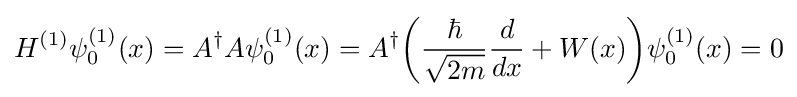
H^{(1)}\psi _{0}^{(1)}(x)=A^{\dagger }A\psi _{0}^{(1)}(x)=A^{\dagger }{\bigg (}{\frac {\hbar }{\sqrt {2m}}}{\frac {d}{dx}}+W(x){\bigg )}\psi _{0}^{(1)}(x)=0